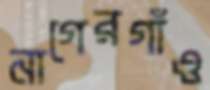
নাগেরগাঁও